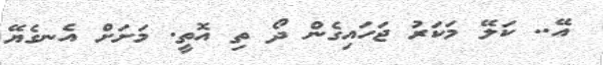
އޭ.. ކަލޭ މަކަރު ޖަހައިގެން ދޯ ތި އޮތީ. މަށަށް އެނގެޔޭ